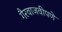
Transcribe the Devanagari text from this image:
गैरवाजवीपणे